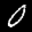
Label: 0